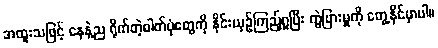
အထူးသဖြင့် နေနဲ့ည ရိုက်တဲ့ဓါတ်ပုံတွေကို နိုင်းယှဉ်ကြည့်ရှုပြီး ကွဲပြားမှုကို တွေ့နိုင်မှာပါ။